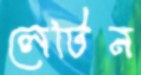
লেটিন